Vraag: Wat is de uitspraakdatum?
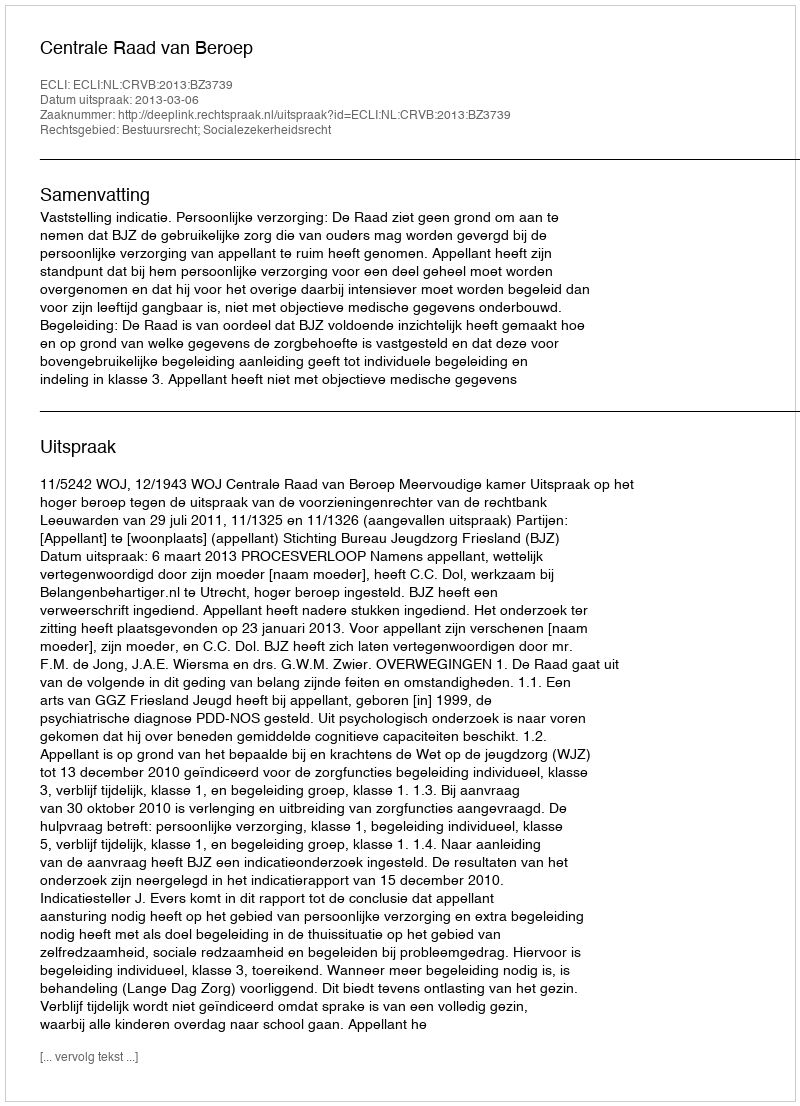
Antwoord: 2013-03-06